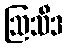
ဩသီဒ